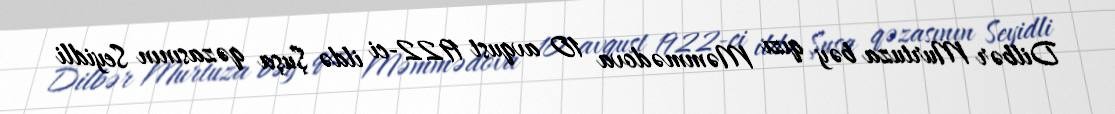
Dilbər Murtuza bəy qızı Məmmədova 10 avqust 1922-ci ildə Şuşa qəzasının Seyidli